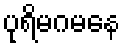
ပုရိမဂမနေ